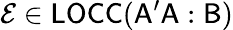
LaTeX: \mathcal{E}\in\mathsf{LOCC}(\mathsf{A^{\prime}A}:\mathsf{B})